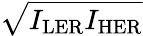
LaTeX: \sqrt{I_{\mathrm{LER}}I_{\mathrm{HER}}}